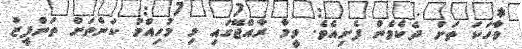
ވާހަކަ ތަށް ދެކެވެން ފެށިއެވެ. ވީމާ ރާއްޖޭގައި މި މުހިއްމު ކަންތަށް ތަންފީޒު